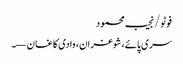
فوٹو/نجیب محمود
سری پائے، شوغران، وادی کاغان —۔